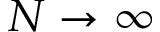
N \to \infty